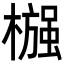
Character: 𬄶